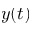
y ( t )